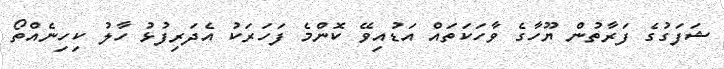
ޝަފަގުގެ ފަރާތުން ޔޫހާގެ ވާހަކަތައް އަޑުއިވޭ ކޮންމެ ފަހަރަކު އެދަރިފުޅު ހާލު ކިހިނެއްތޯ